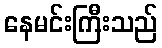
နေမင်းကြီးသည်